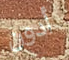
أدون